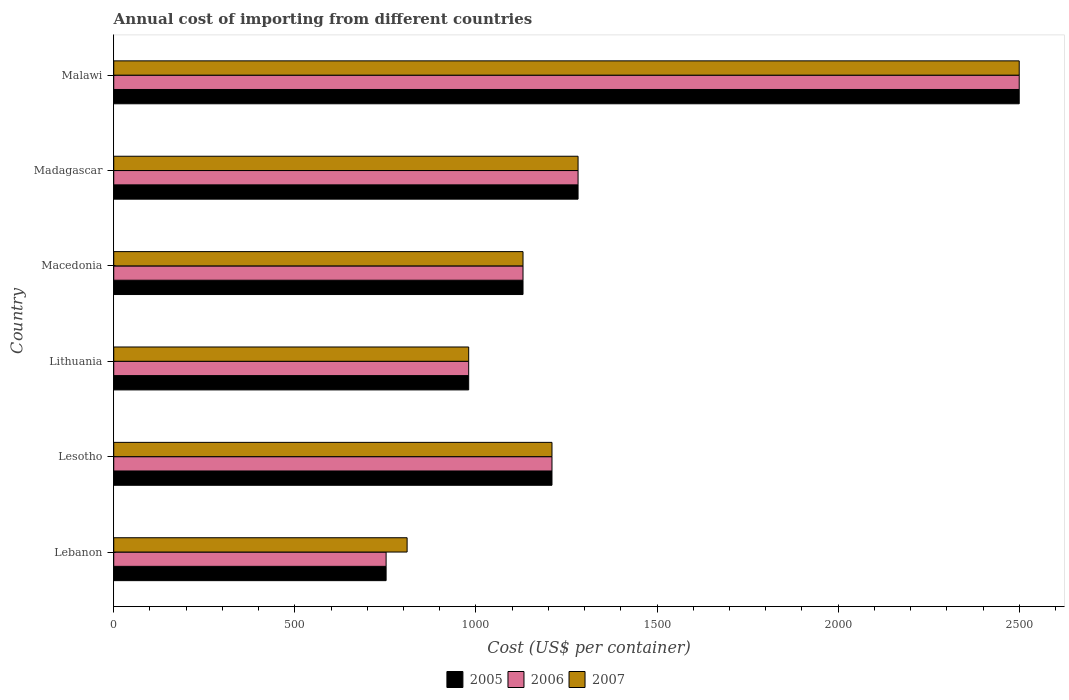
| Country | 2005 | 2006 | 2007 |
 | --- | --- | --- | --- |
 | Lebanon | 752 | 752 | 810 |
 | Lesotho | 1.21e+03 | 1.21e+03 | 1.21e+03 |
 | Lithuania | 980 | 980 | 980 |
 | Macedonia | 1.13e+03 | 1.13e+03 | 1.13e+03 |
 | Madagascar | 1.28e+03 | 1.28e+03 | 1.28e+03 |
 | Malawi | 2.5e+03 | 2.5e+03 | 2.5e+03 |